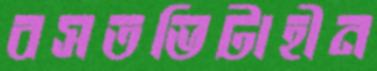
বসতভিটাহীন